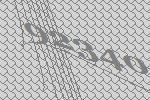
92340